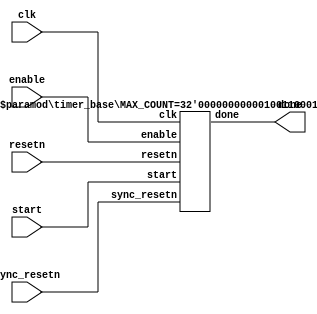
/* Timer used for the debouncer */

module timer
#(
	parameter CLK_PERIOD_ns = 20,
	parameter TIMER_PERIOD_ms = 25,
	parameter TIMER_PERIOD_us = 25_000,
	parameter TIMER_PERIOD_ns = 25_000_000,
	parameter TIMER_PERIOD_TYPE = "ms"
	
)
(
	input wire clk,
	input wire enable,
	input wire resetn,
	input wire sync_resetn,
	input wire start,
	output wire done
);
	localparam TIMER_PERIOD = get_timer_period(TIMER_PERIOD_TYPE);
	localparam MULTIPLIER = get_multiplier(TIMER_PERIOD_TYPE);
	localparam MAX_COUNT = (TIMER_PERIOD * MULTIPLIER)/CLK_PERIOD_ns;
	
	timer_base
	#(
		.MAX_COUNT(MAX_COUNT)
	)
	timer_inst
	(
		.clk(clk),
		.enable(enable),
		.resetn(resetn),
		.sync_resetn(sync_resetn),
		.start(start),
		.done(done)
	);
	
	// Function that gets correct timer period
	function [31:0] get_timer_period(
		input [15:0] type_str
	);
		case (type_str)
			"ms"	: get_timer_period = TIMER_PERIOD_ms;
			"us"	: get_timer_period = TIMER_PERIOD_us;
			"ns"	: get_timer_period = TIMER_PERIOD_ns;
			default : get_timer_period = TIMER_PERIOD_ms;
		endcase
	endfunction
	
	// Function that gets correct conversion factor for given type
	function [31:0] get_multiplier(
		input [15:0] type_str
	);
		case (type_str)
			"ms"	: get_multiplier = 1_000_000;
			"us"	: get_multiplier = 1_000;
			"ns"	: get_multiplier = 1;
			default : get_multiplier = 1_000_000;
		endcase
	endfunction
	
endmodule
	

	
	
	
	// basic timer
module timer_base
#(
	parameter MAX_COUNT = 10
)
(
	input wire clk,
	input wire enable,
	input wire resetn,
	input wire sync_resetn,
	input wire start,
	output wire done
);
	
	
	localparam COUNTER_BITS = $clog2(MAX_COUNT); // Calculate actual bit width
	
	localparam
		IDLE = 2'b00,
		COUNTING_DOWN = 2'b01,
		STOPPED = 2'b10;
		
	reg [COUNTER_BITS : 0] count = MAX_COUNT - 2;  // should be -1
	
	reg [1:0] state = IDLE;
	
	always @(posedge clk or negedge resetn) begin // 
		// resetn active low and controlled by asynchronous reset switch
		if (!resetn) begin	
			count <= MAX_COUNT;
			state <= IDLE;
			
		end else if (enable) begin
		
			// sync_resetn active low and controlled by logic of debouncer
			if (!sync_resetn) begin		
				count <= MAX_COUNT - 2;
				state <= IDLE;
			end else begin
			
				// FSM Logic
				case (state)
					IDLE:
						if (start)
							state <= COUNTING_DOWN;
						else 
							state <= IDLE;
					COUNTING_DOWN:
						if (count == 0)
							state <= STOPPED;
						else
							state <= COUNTING_DOWN;
					STOPPED:
						if (start)
							state <= COUNTING_DOWN;
						else
							state <= IDLE;
					default:
						state <= IDLE;
				endcase
				
				// Counter logic
				if (state == COUNTING_DOWN)
					count <= count - 1;
				else if (state == STOPPED)
					count <= MAX_COUNT - 2;
				else 
					count <= MAX_COUNT - 2; 
			end
		end
	end
	
	// output logic
	assign done = (state == STOPPED);
	
endmodule